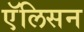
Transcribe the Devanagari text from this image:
एॅलिसन